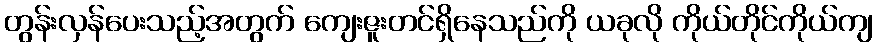
တွန်းလှန်ပေးသည့်အတွက် ကျေးဇူးတင်ရှိနေသည်ကို ယခုလို ကိုယ်တိုင်ကိုယ်ကျ